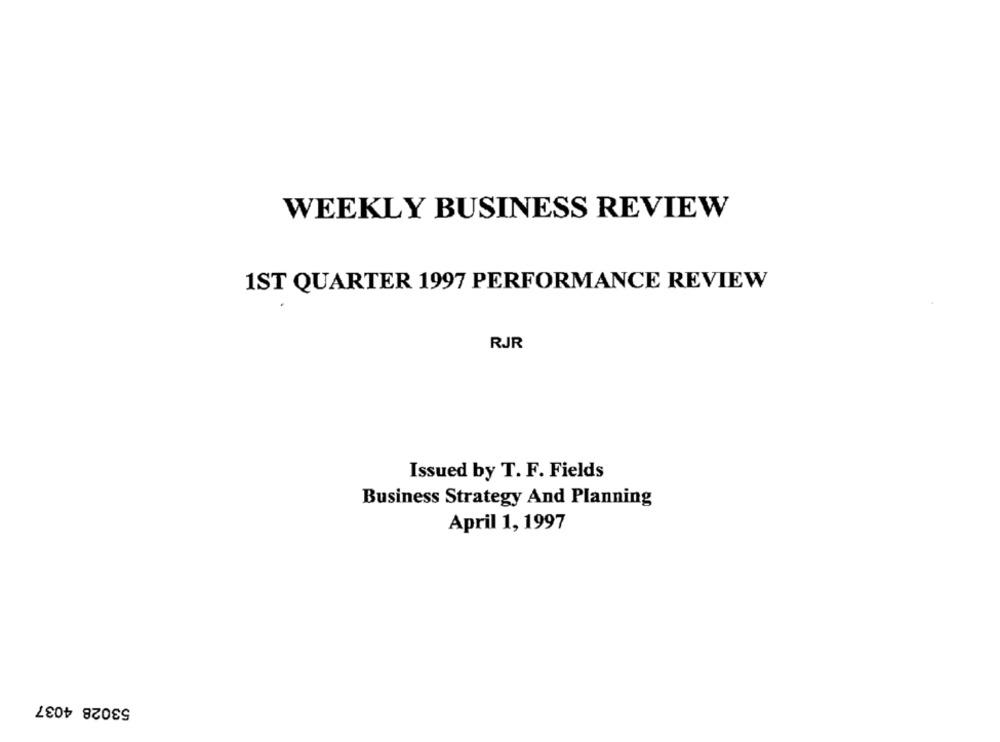
WEEKLY BUSINESS REVIEW
1ST QUARTER 1997 PERFORMANCE REVIEW
RJR
Issued by T. F. Fields
Business Strategy And Planning
April 1, 1997
53028 4037